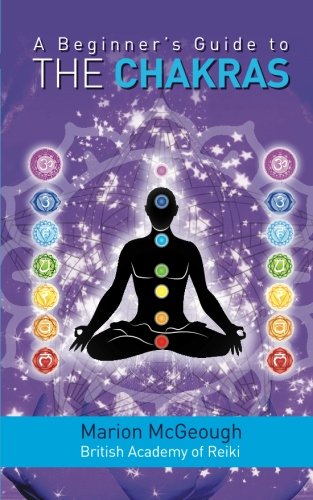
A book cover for A Beginner's Guide to the Chakras; Marion McGeough; Health, Fitness & Dieting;